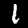
Digit: 1